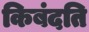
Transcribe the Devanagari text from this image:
किबंदति